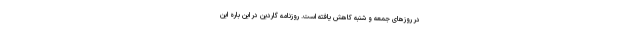
در روزهای جمعه و شنبه کاهش یافته است. روزنامه گاردین در این باره این